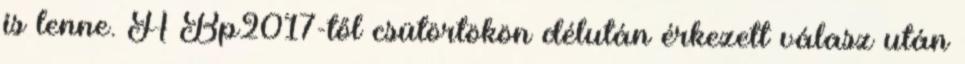
is lenne. A Bp2017-től csütörtökön délután érkezett válasz után